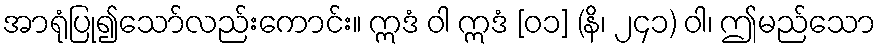
အာရုံပြု၍သော်လည်းကောင်း။ ဣဒံ ဝါ ဣဒံ [၀၁] (နိ၊ ၂၄၁) ဝါ၊ ဤမည်သော